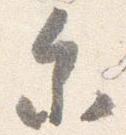
参